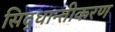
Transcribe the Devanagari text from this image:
सिद्धान्तीकरण